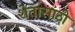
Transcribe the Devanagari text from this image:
शेतासाठी